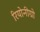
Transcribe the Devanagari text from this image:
रियोनीग्रो